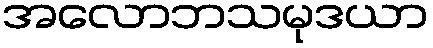
အလောဘသမုဒယာ